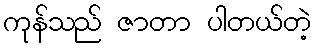
ကုန်သည် ဇာတာ ပါတယ်တဲ့